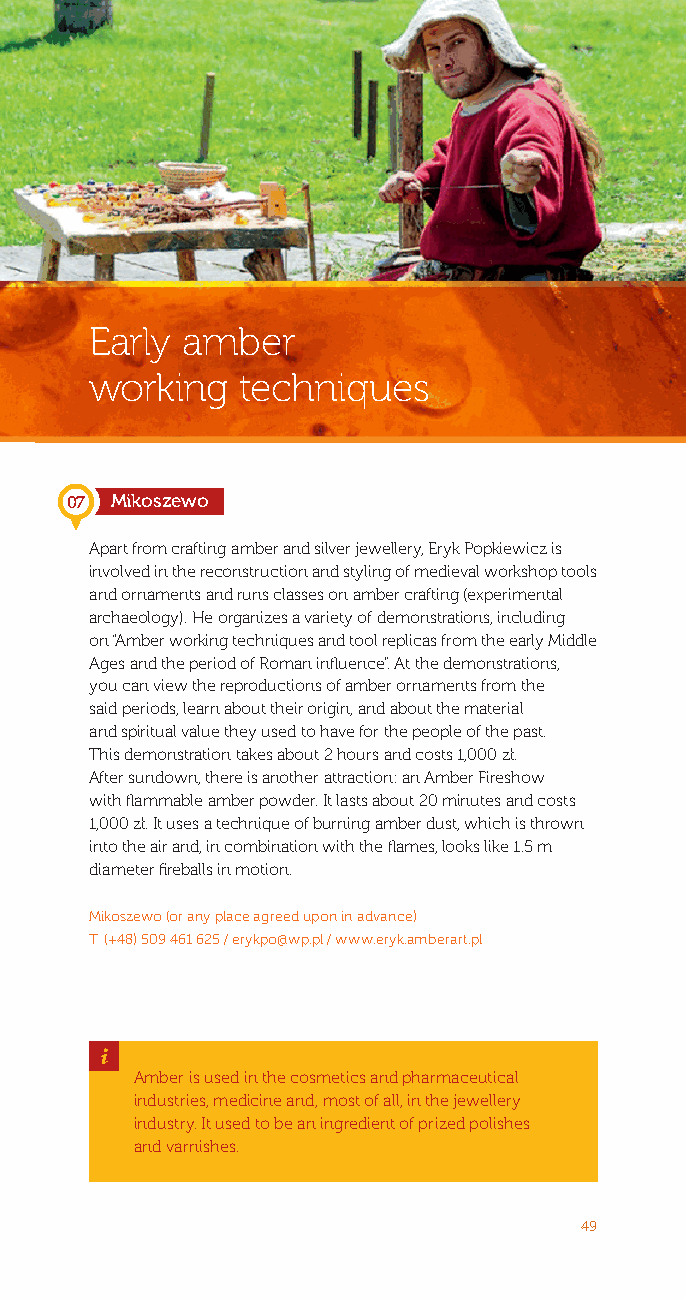
Early amber
 working   techniques
 07 Mikoszewo
 Apart from crafting amber and silver jewellery, Eryk Popkiewicz is
 involved in the reconstruction and styling of medieval workshop tools
 and ornaments and runs classes on amber crafting (experimental
 archaeology). He organizes a variety of demonstrations, including
 on “Amber working techniques and tool replicas from the early Middle
 Ages and the period of Roman influence”. At the demonstrations,
 you can view the reproductions of amber ornaments from the
 said periods, learn about their origin, and about the material
 and spiritual value they used to have for the people of the past.
 This demonstration takes about 2 hours and costs 1,000 zł.
 After sundown, there is another attraction: an Amber Fireshow
 with flammable amber powder. It lasts about 20 minutes and costs
 1,000 zł. It uses a technique of burning amber dust, which is thrown
 into the air and, in combination with the flames, looks like 1.5 m
 diameter fireballs in motion.
 Mikoszewo (or any place agreed upon in advance)
 T: (+48) 509 461 625 / erykpo@wp.pl / www.eryk.amberart.pl
 _
 Amber is used in the cosmetics and pharmaceutical
 industries, medicine and, most of all, in the jewellery
 industry. It used to be an ingredient of prized polishes
 and varnishes.
 49